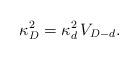
LaTeX: \begin{align*}\kappa^2_D = \kappa_d^2\, V_{D - d}.\end{align*}